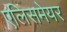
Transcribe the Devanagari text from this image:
एलिसमेयर